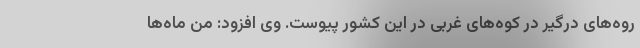
روه‌های درگیر در کوه‌های غربی در این کشور پیوست. وی افزود: من ماه‌ها